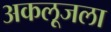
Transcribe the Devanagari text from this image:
अकलूजला